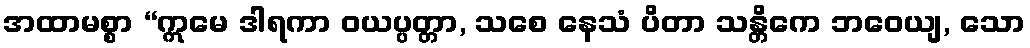
အထာမစ္စာ “ဣမေ ဒါရကာ ဝယပ္ပတ္တာ, သစေ နေသံ ပိတာ သန္တိကေ ဘဝေယျ, သော